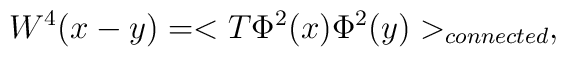
W^{4}(x-y)=<T\Phi^2(x)\Phi^2(y)>_{connected},